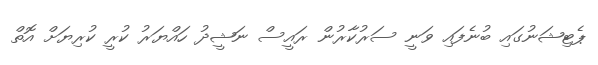
ޕެޓިޝަނުގައި ބުނެފައި ވަނީ ސަރުކާރުން ރައީސް ނަޝީދު ހައްޔަރު ކުރީ ކުރިޔަށް އޮތް